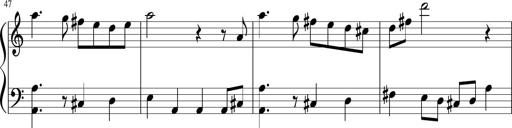
Title: Sonatine Nr.1 in C-Dur
Composer: DÃ©sirÃ©e Manns
Key: C major